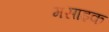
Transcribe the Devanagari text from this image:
मसाइक